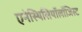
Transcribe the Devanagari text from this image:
एनेस्थिसियॉलॉजिस्ट